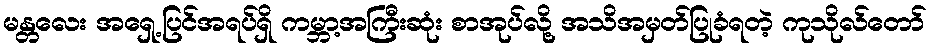
မန္တလေး အရှေ့ပြင်အရပ်ရှိ ကမ္ဘာ့အကြီးဆုံး စာအုပ်လို့ အသိအမှတ်ပြုခံရတဲ့ ကုသိုလ်တော်